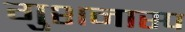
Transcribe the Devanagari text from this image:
गुशनास्प